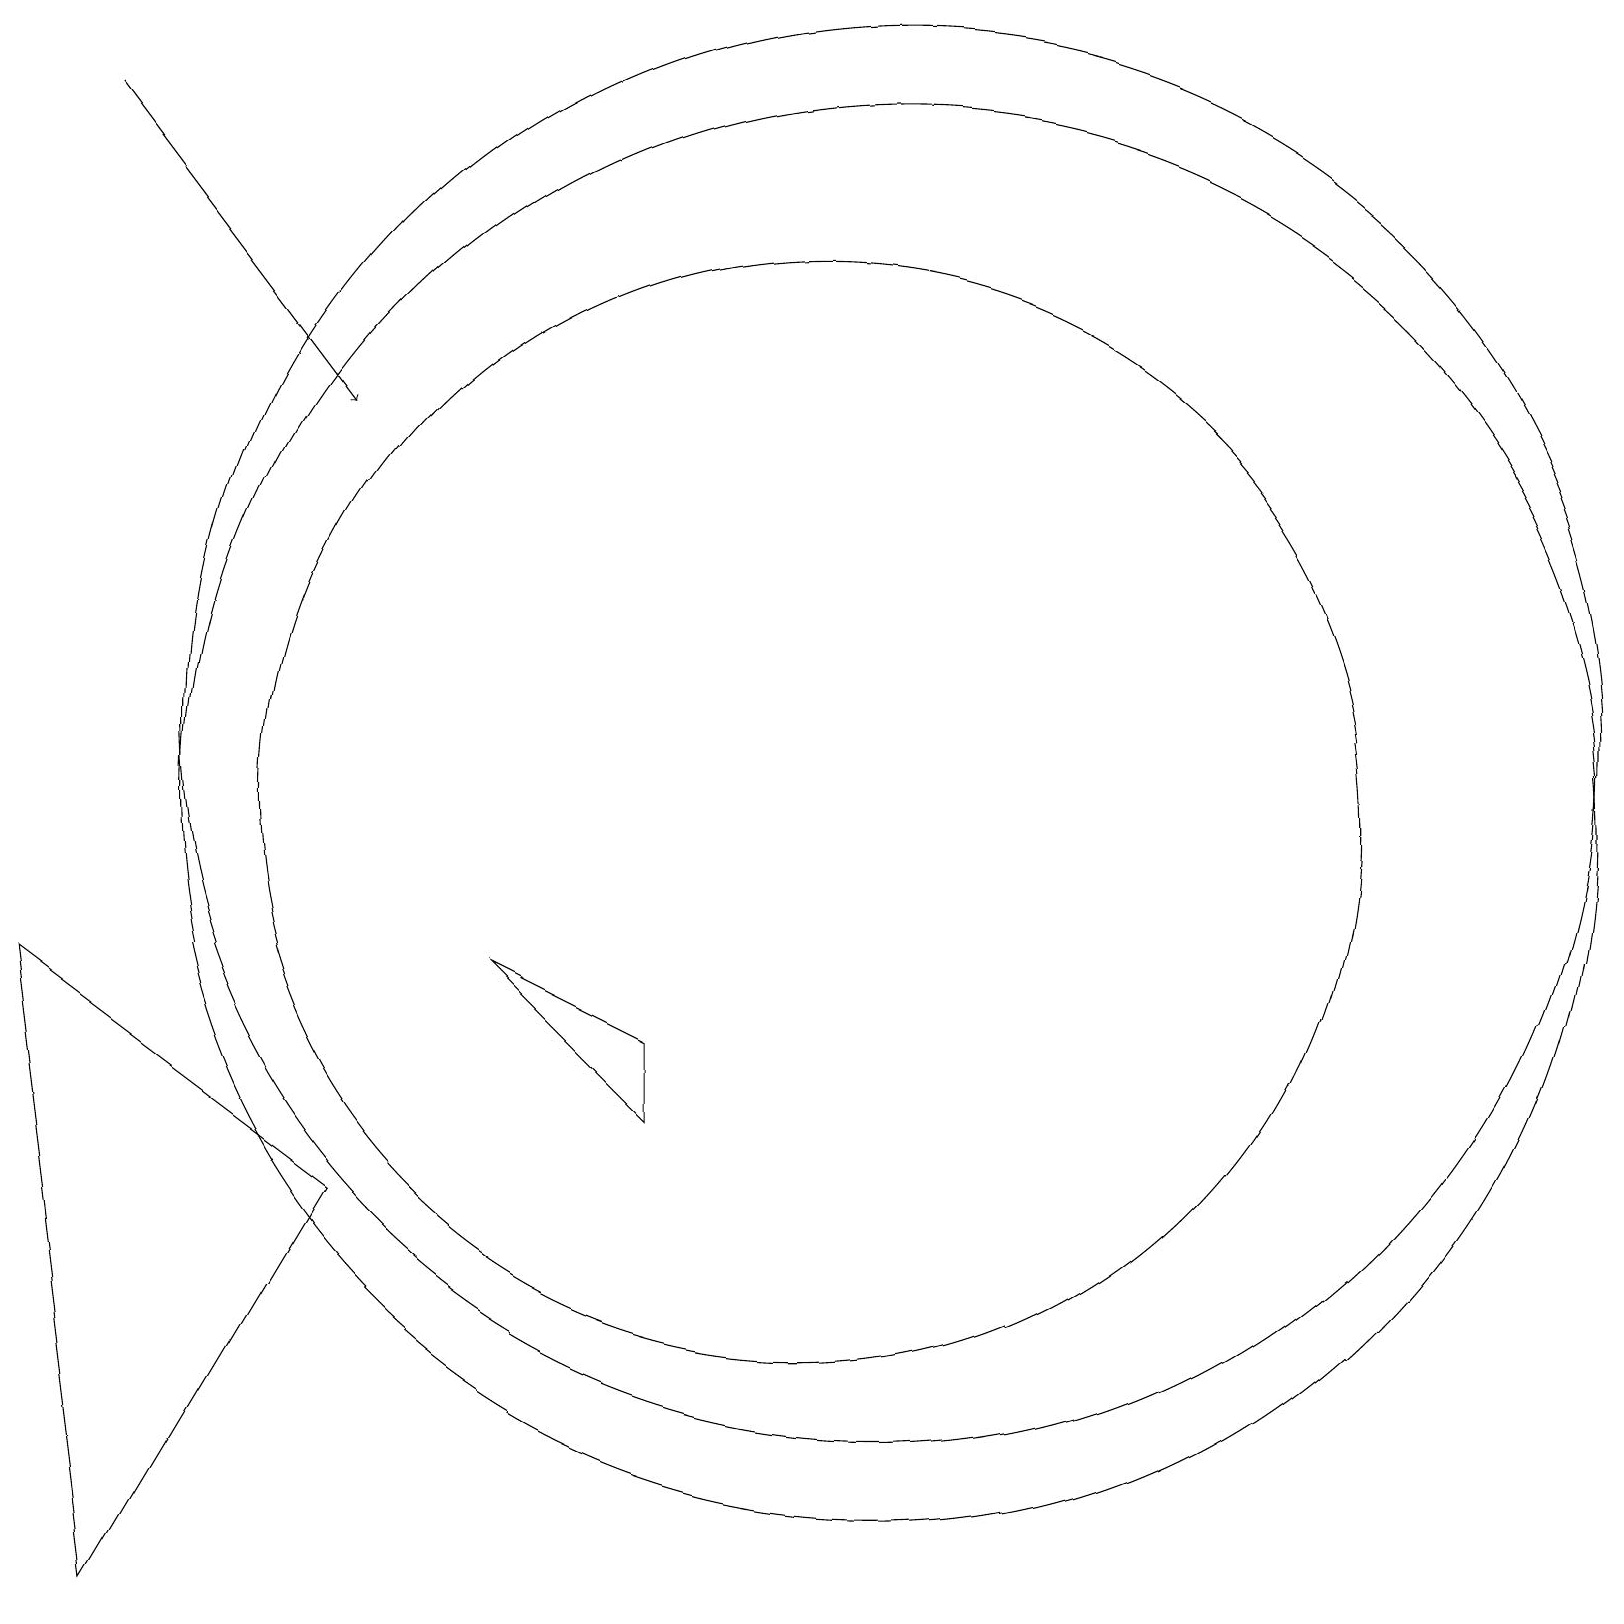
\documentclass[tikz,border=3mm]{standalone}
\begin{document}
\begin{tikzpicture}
\draw (12,10) circle (9);
\draw (11,10) circle (7);
\draw (2,0) -- (1,8) -- (5,5) -- cycle;
\draw[->] (2,19) -- (5,15);
\draw (12,11) circle (9);
\draw (9,7) -- (9,6) -- (7,8) -- cycle;
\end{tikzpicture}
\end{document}